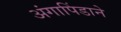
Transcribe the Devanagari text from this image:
अंगापिंडाने